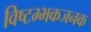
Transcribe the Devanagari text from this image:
विष्टम्भकजनक